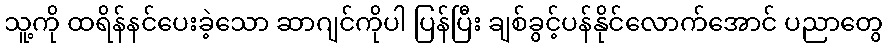
သူ့ကို ထရိန်နင်ပေးခဲ့သော ဆာဂျင်ကိုပါ ပြန်ပြီး ချစ်ခွင့်ပန်နိုင်လောက်အောင် ပညာတွေ